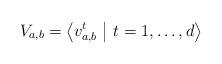
LaTeX: \begin{align*} V_{a,b} = \left< v_{a,b}^t \ \middle| \ t = 1, \dots, d \right> \end{align*}